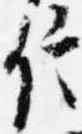
信